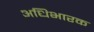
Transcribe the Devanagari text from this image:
अधिभारक